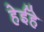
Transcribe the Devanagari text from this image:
हेईहे